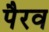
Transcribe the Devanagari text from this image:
पैरव